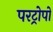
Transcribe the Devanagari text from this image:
परट्रोपो